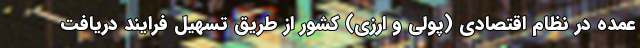
عمده در نظام اقتصادی (پولی و ارزی) کشور از طریق تسهیل فرایند دریافت